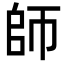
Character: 師